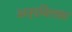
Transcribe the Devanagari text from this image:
अनूपविलास